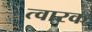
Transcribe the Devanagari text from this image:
त्वारक